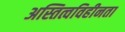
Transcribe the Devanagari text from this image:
अस्तित्वविहीनता